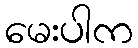
မေးပါက